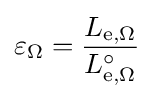
\varepsilon _{\Omega }={\frac {L_{\mathrm {e} ,\Omega }}{L_{\mathrm {e} ,\Omega }^{\circ }}}